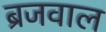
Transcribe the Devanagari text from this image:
ब्रजवाल